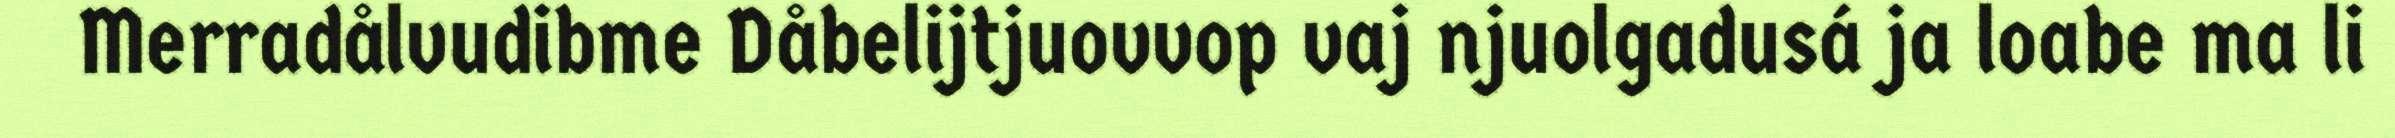
Merradålvudibme Dåbelijtjuovvop vaj njuolgadusá ja loabe ma li